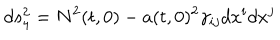
d s _ { 4 } ^ { 2 } = N ^ { 2 } ( t , 0 ) - a ( t , 0 ) ^ { 2 } \gamma _ { i j } d x ^ { i } d x ^ { j }